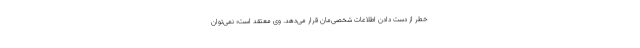
خطر از دست دادن اطلاعات شخصی‌مان قرار می‌دهد. وی معتقد است؛ نمی‌توان